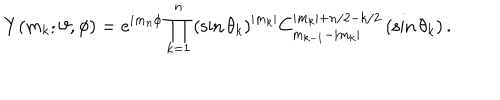
Y ( m _ { k } ; \vartheta , \phi ) = e ^ { i m _ { n } \phi } \prod _ { k = 1 } ^ { n } \left( \sin \theta _ { k } \right) ^ { | m _ { k } | } C _ { m _ { k - 1 } - | m _ { k } | } ^ { | m _ { k } | + n / 2 - k / 2 } \left( \sin \theta _ { k } \right) .